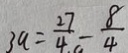
3 a = \frac { 2 7 } { 4 } - \frac { 8 } { 4 }